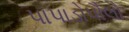
પાપાડોપૌલો